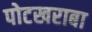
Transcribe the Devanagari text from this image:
पोटखराबा